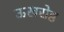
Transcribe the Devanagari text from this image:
ऊखरोष्ठ